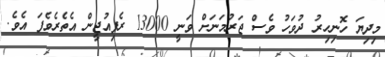
މިދިޔަ ހޮނިހިރު ދުވަހު ވެސް ޖަރުމަނަށް ވަނީ 13000 ރެފިއުޖީން އެތެރެވެފަ އެވެ.